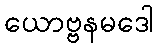
ယောဗ္ဗနမဒေါ